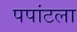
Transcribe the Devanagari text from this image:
पपांटला